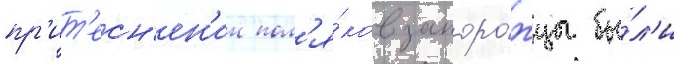
пр'ит'есн'ен'ии пол'я́ков запоро́жцы бы́л'и